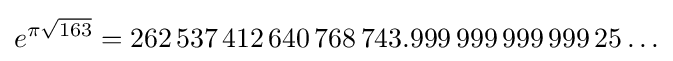
e^{\pi {\sqrt {163}}}=262\,537\,412\,640\,768\,743.999\,999\,999\,999\,25\ldots